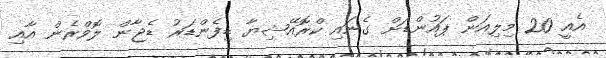
އެއީ 20 މިލިއަން ޕައުންޑަށް ގެނައި ކްރޮއޭޝިޔާ ޑިފެންޑަރު ޑެޖާން ލޮވްރެން އާއި